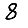
Digit: 8